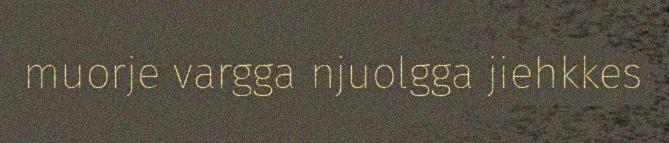
muorje vargga njuolgga jiehkkes